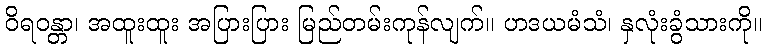
ဝိရဝန္တာ၊ အထူးထူး အပြားပြား မြည်တမ်းကုန်လျက်။ ဟဒယမံသံ၊ နှလုံးခွံသားကို။